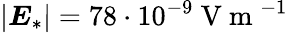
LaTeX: \left|\boldsymbol E_{*}\right|=78\cdot 10^{-9}\mathrm{~V~m~}^{-1}